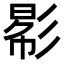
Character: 𢒠